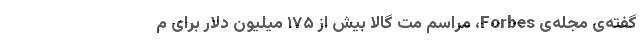
گفته‌ی مجله‌ی Forbes، مراسم مت گالا بیش از ۱۷۵ میلیون دلار برای م